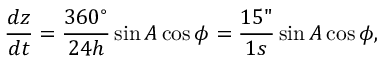
\frac { d z } { d t } = \frac { 3 6 0 ^ { \circ } } { 2 4 h } \sin A \cos \phi = \frac { 1 5 " } { 1 s } \sin A \cos \phi ,